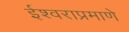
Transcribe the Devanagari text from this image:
ईश्वराप्रमाणे